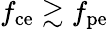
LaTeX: f_{\mathrm{ce}}\gtrsim f_{\mathrm{pe}}